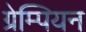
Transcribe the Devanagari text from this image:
ग्रेम्पियन